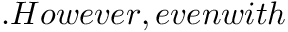
\AA . H o w e v e r , e v e n w i t h